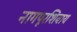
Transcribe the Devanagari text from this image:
नागपूरशिवाय